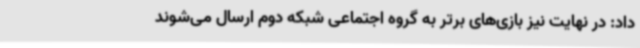
داد: در نهایت نیز بازی‌های برتر به گروه اجتماعی شبکه دوم ارسال می‌شوند